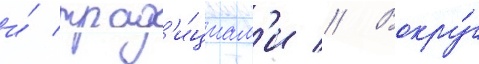
и́ трад'и́циам'и // Вокру́г